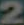
2